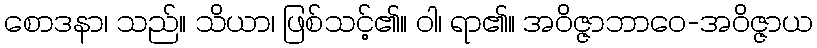
စောဒနာ၊ သည်။ သိယာ၊ ဖြစ်သင့်၏။ ဝါ၊ ရာ၏။ အဝိဇ္ဇာဘာဝေ-အဝိဇ္ဇာယ